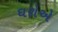
ઘરોએ